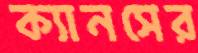
ক্যানসের